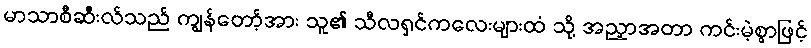
မာသာစီဆီးလ်သည် ကျွန်တော့်အား သူ၏ သီလရှင်ကလေးများထံ သို့ အညှာအတာ ကင်းမဲ့စွာဖြင့်